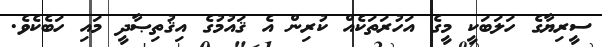
ސީރިޔާގެ ހަލަބަކީ މީގެ އަހުރަތަކެއް ކުރިން އެ ޤައުމުގެ އިޤުތިޞާދީ މައި ހަބެކެވެ.